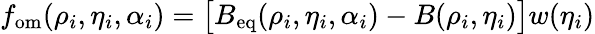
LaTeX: f_{\mathrm{om}}(\rho_{i},\eta_{i},\alpha_{i})=\big[B_{\mathrm{eq}}(\rho_{i},\eta_{i},\alpha_{i})-B(\rho_{i},\eta_{i})\big]w(\eta_{i})